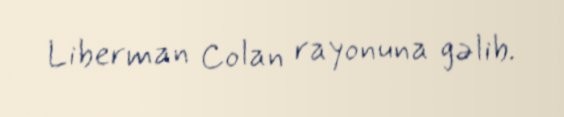
Liberman Colan rayonuna gəlib.